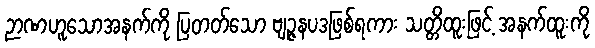
ဉာဏဟူသောအနက်ကို ပြတတ်သော ဗျဉ္ဇနပဒဖြစ်ရကား သတ္တိထူးဖြင့် အနက်ထူးကို